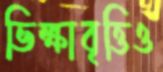
ভিক্ষাবৃত্তিও